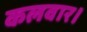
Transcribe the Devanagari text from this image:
कलवार।